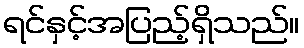
ရင်နှင့်အပြည့်ရှိသည်။